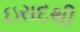
ઇરાદથી